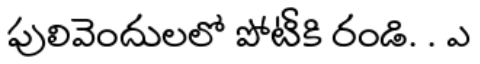
పులివెందులలో పోటీకి రండి. . ఎ